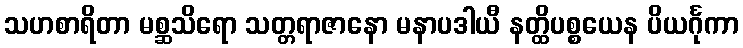
သဟစာရိတာ မစ္ဆသိရော သတ္တရာဇာနော မနာပဒါယီ နတ္ထိပစ္စယေန ပိယင်္ဂုကာ